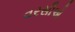
વરસીએ